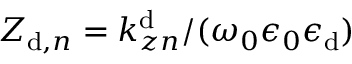
Z _ { \mathrm { d } , { n } } = k _ { z n } ^ { \mathrm { d } } / ( \omega _ { 0 } \epsilon _ { 0 } \epsilon _ { \mathrm { d } } )